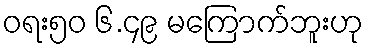
ဝရး၅၀ ၆.၄၉ မကြောက်ဘူးဟု